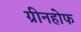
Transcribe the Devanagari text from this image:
ग्रीनहोफ